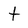
Character: t